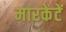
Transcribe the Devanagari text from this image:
मारकेटें